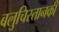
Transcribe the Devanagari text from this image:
बलुचिस्तानकी